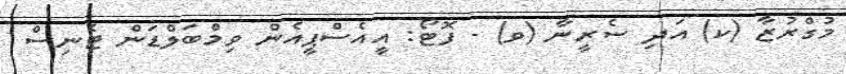
މުގްރުޒާ (ކ) އަދި ސެރީނާ (ވ) - ފޮޓޯ: އީއެސްޕީއެން ވިމްބަލްޑަން ޓެނިސް